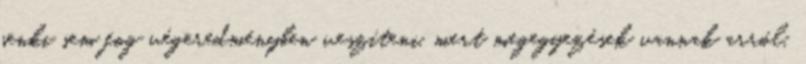
senki sem fog végeredményben veszíteni, mert megegyezések vannak arról,